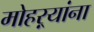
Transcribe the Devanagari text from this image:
मोहऱ्यांना